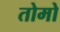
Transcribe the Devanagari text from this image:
तोमो